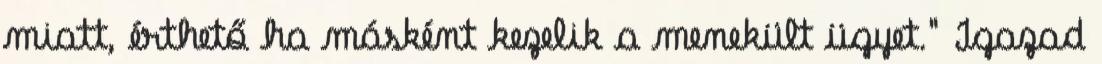
miatt, érthető ha másként kezelik a menekült ügyet." Igazad